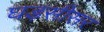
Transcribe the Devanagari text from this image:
घड़सीसर